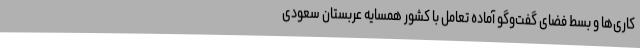
کاری‌ها و بسط فضای گفت‌وگو آماده تعامل با کشور همسایه عربستان سعودی